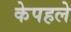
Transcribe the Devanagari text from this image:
केपहले